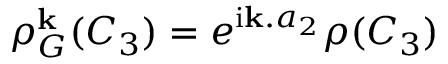
\rho _ { G } ^ { \bf k } ( C _ { 3 } ) = e ^ { \mathrm { i } { \bf k } . a _ { 2 } } \rho ( C _ { 3 } )